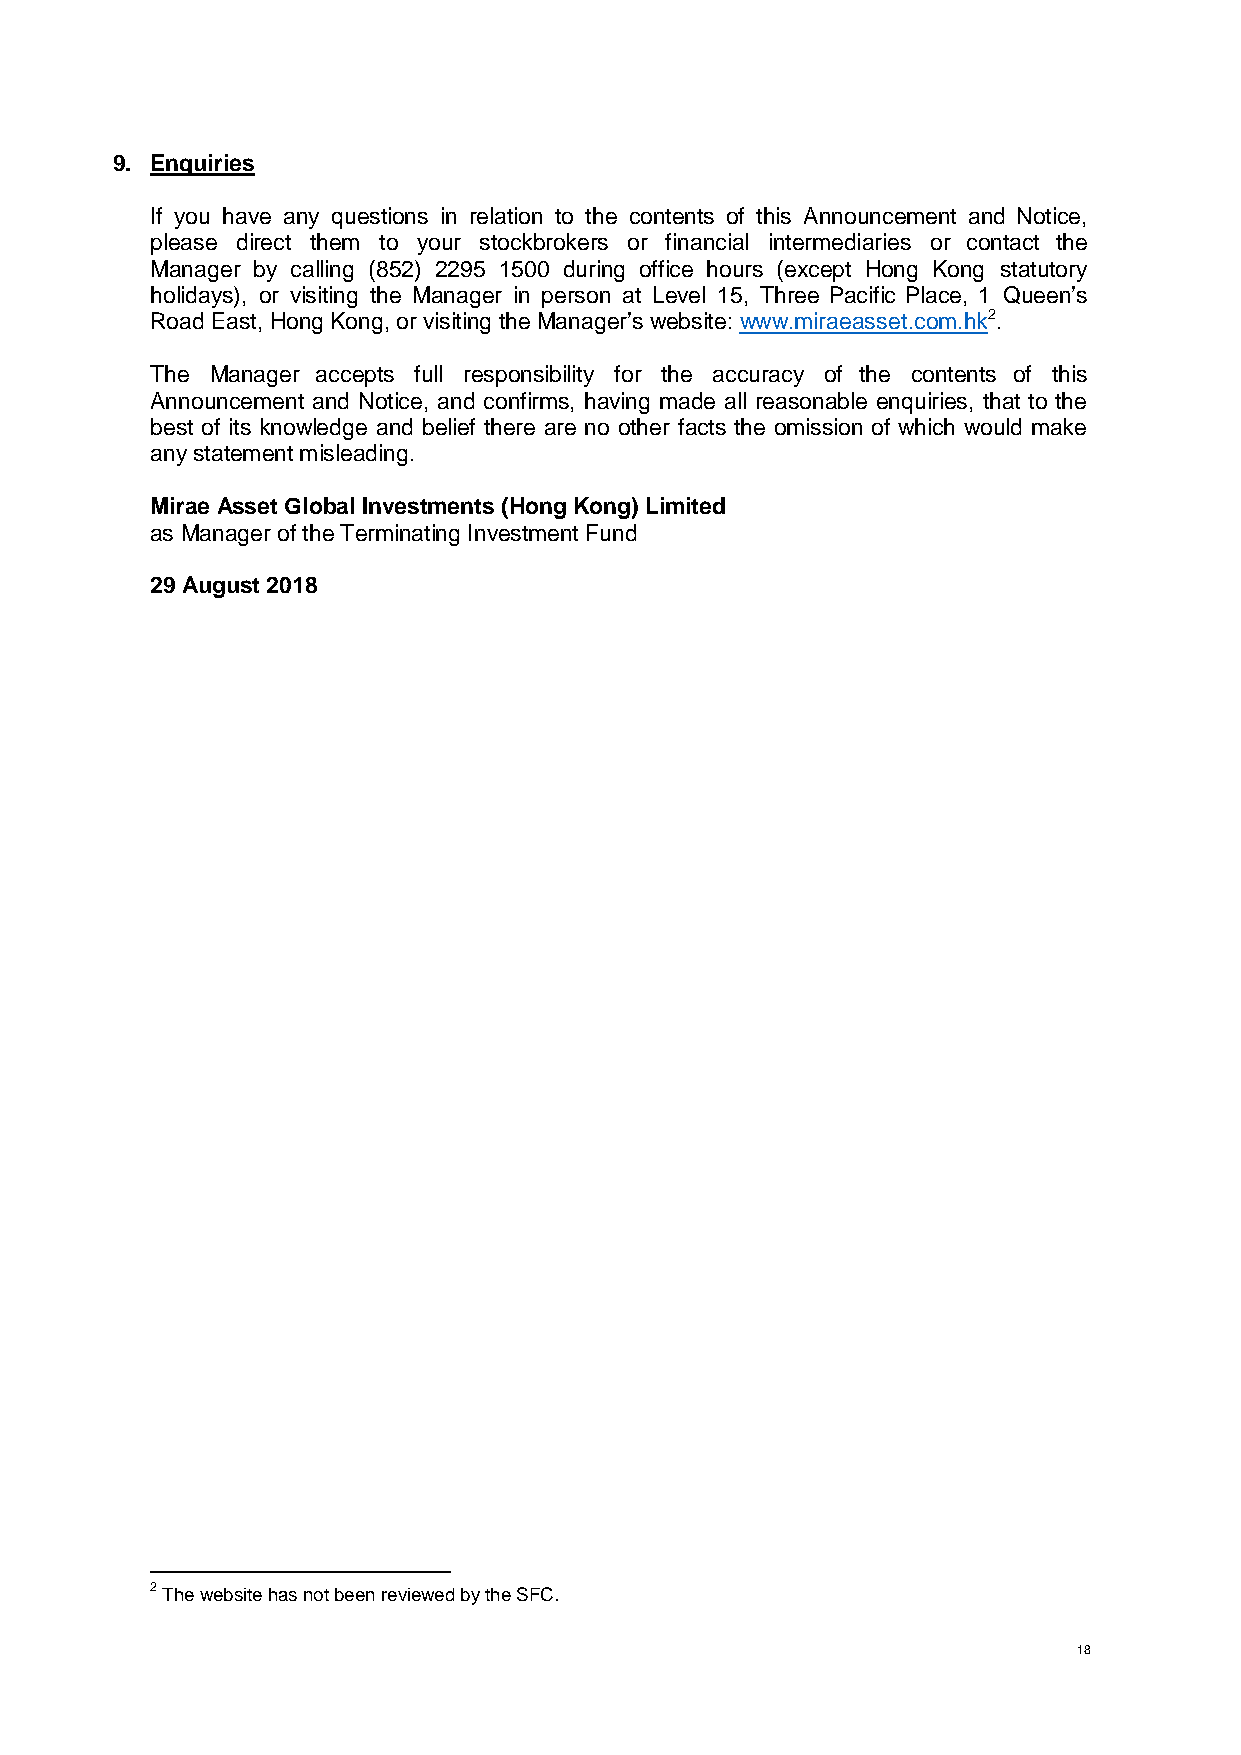
9. Enquiries
 If you have any questions in relation to the contents of this Announcement and Notice,
 please direct them to your stockbrokers or financial intermediaries or contact the
 Manager by calling (852) 2295 1500 during office hours (except Hong Kong statutory
 holidays), or visiting the Manager in person at Level 15, Three Pacific Place, 1 Queen’s
 Road East, Hong Kong, or visiting the Manager’s website: www.miraeasset.com.hk2.
 The Manager accepts full responsibility for the accuracy of the contents of this
 Announcement and Notice, and confirms, having made all reasonable enquiries, that to the
 best of its knowledge and belief there are no other facts the omission of which would make
 any statement misleading.
 Mirae Asset Global Investments (Hong Kong) Limited
 as Manager of the Terminating Investment Fund
 29 August 2018
 2 The website has not been reviewed by the SFC.
 18